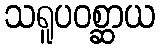
သရူပဝစ္ဆာယ